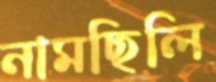
নামছিলি